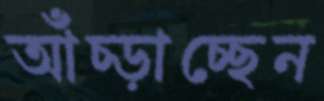
আঁচ্‌ড়াচ্ছেন